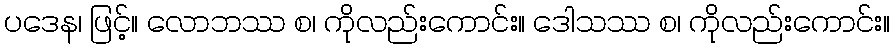
ပဒေန၊ ဖြင့်။ လောဘဿ စ၊ ကိုလည်းကောင်း။ ဒေါသဿ စ၊ ကိုလည်းကောင်း။